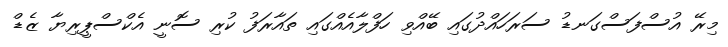
މިރޭ އުސްފަސްގަނޑު ސަރަހައްދުގައި ބޭއްވި ހަފްލާއެއްގައި ތައާރަފު ކުރި ސޮނީ އެކްސްޕީރިޔާ ޒެޑް